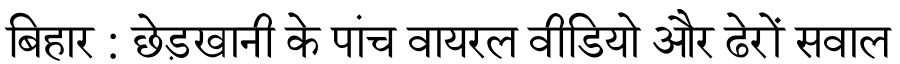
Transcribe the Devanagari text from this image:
बिहार : छेड़खानी के पांच वायरल वीडियो और ढेरों सवाल